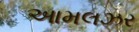
આમલઝર